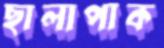
ছালাপাক